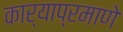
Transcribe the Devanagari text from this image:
कार्याप्रमाणे